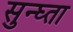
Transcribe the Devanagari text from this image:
सुन्घ्ता